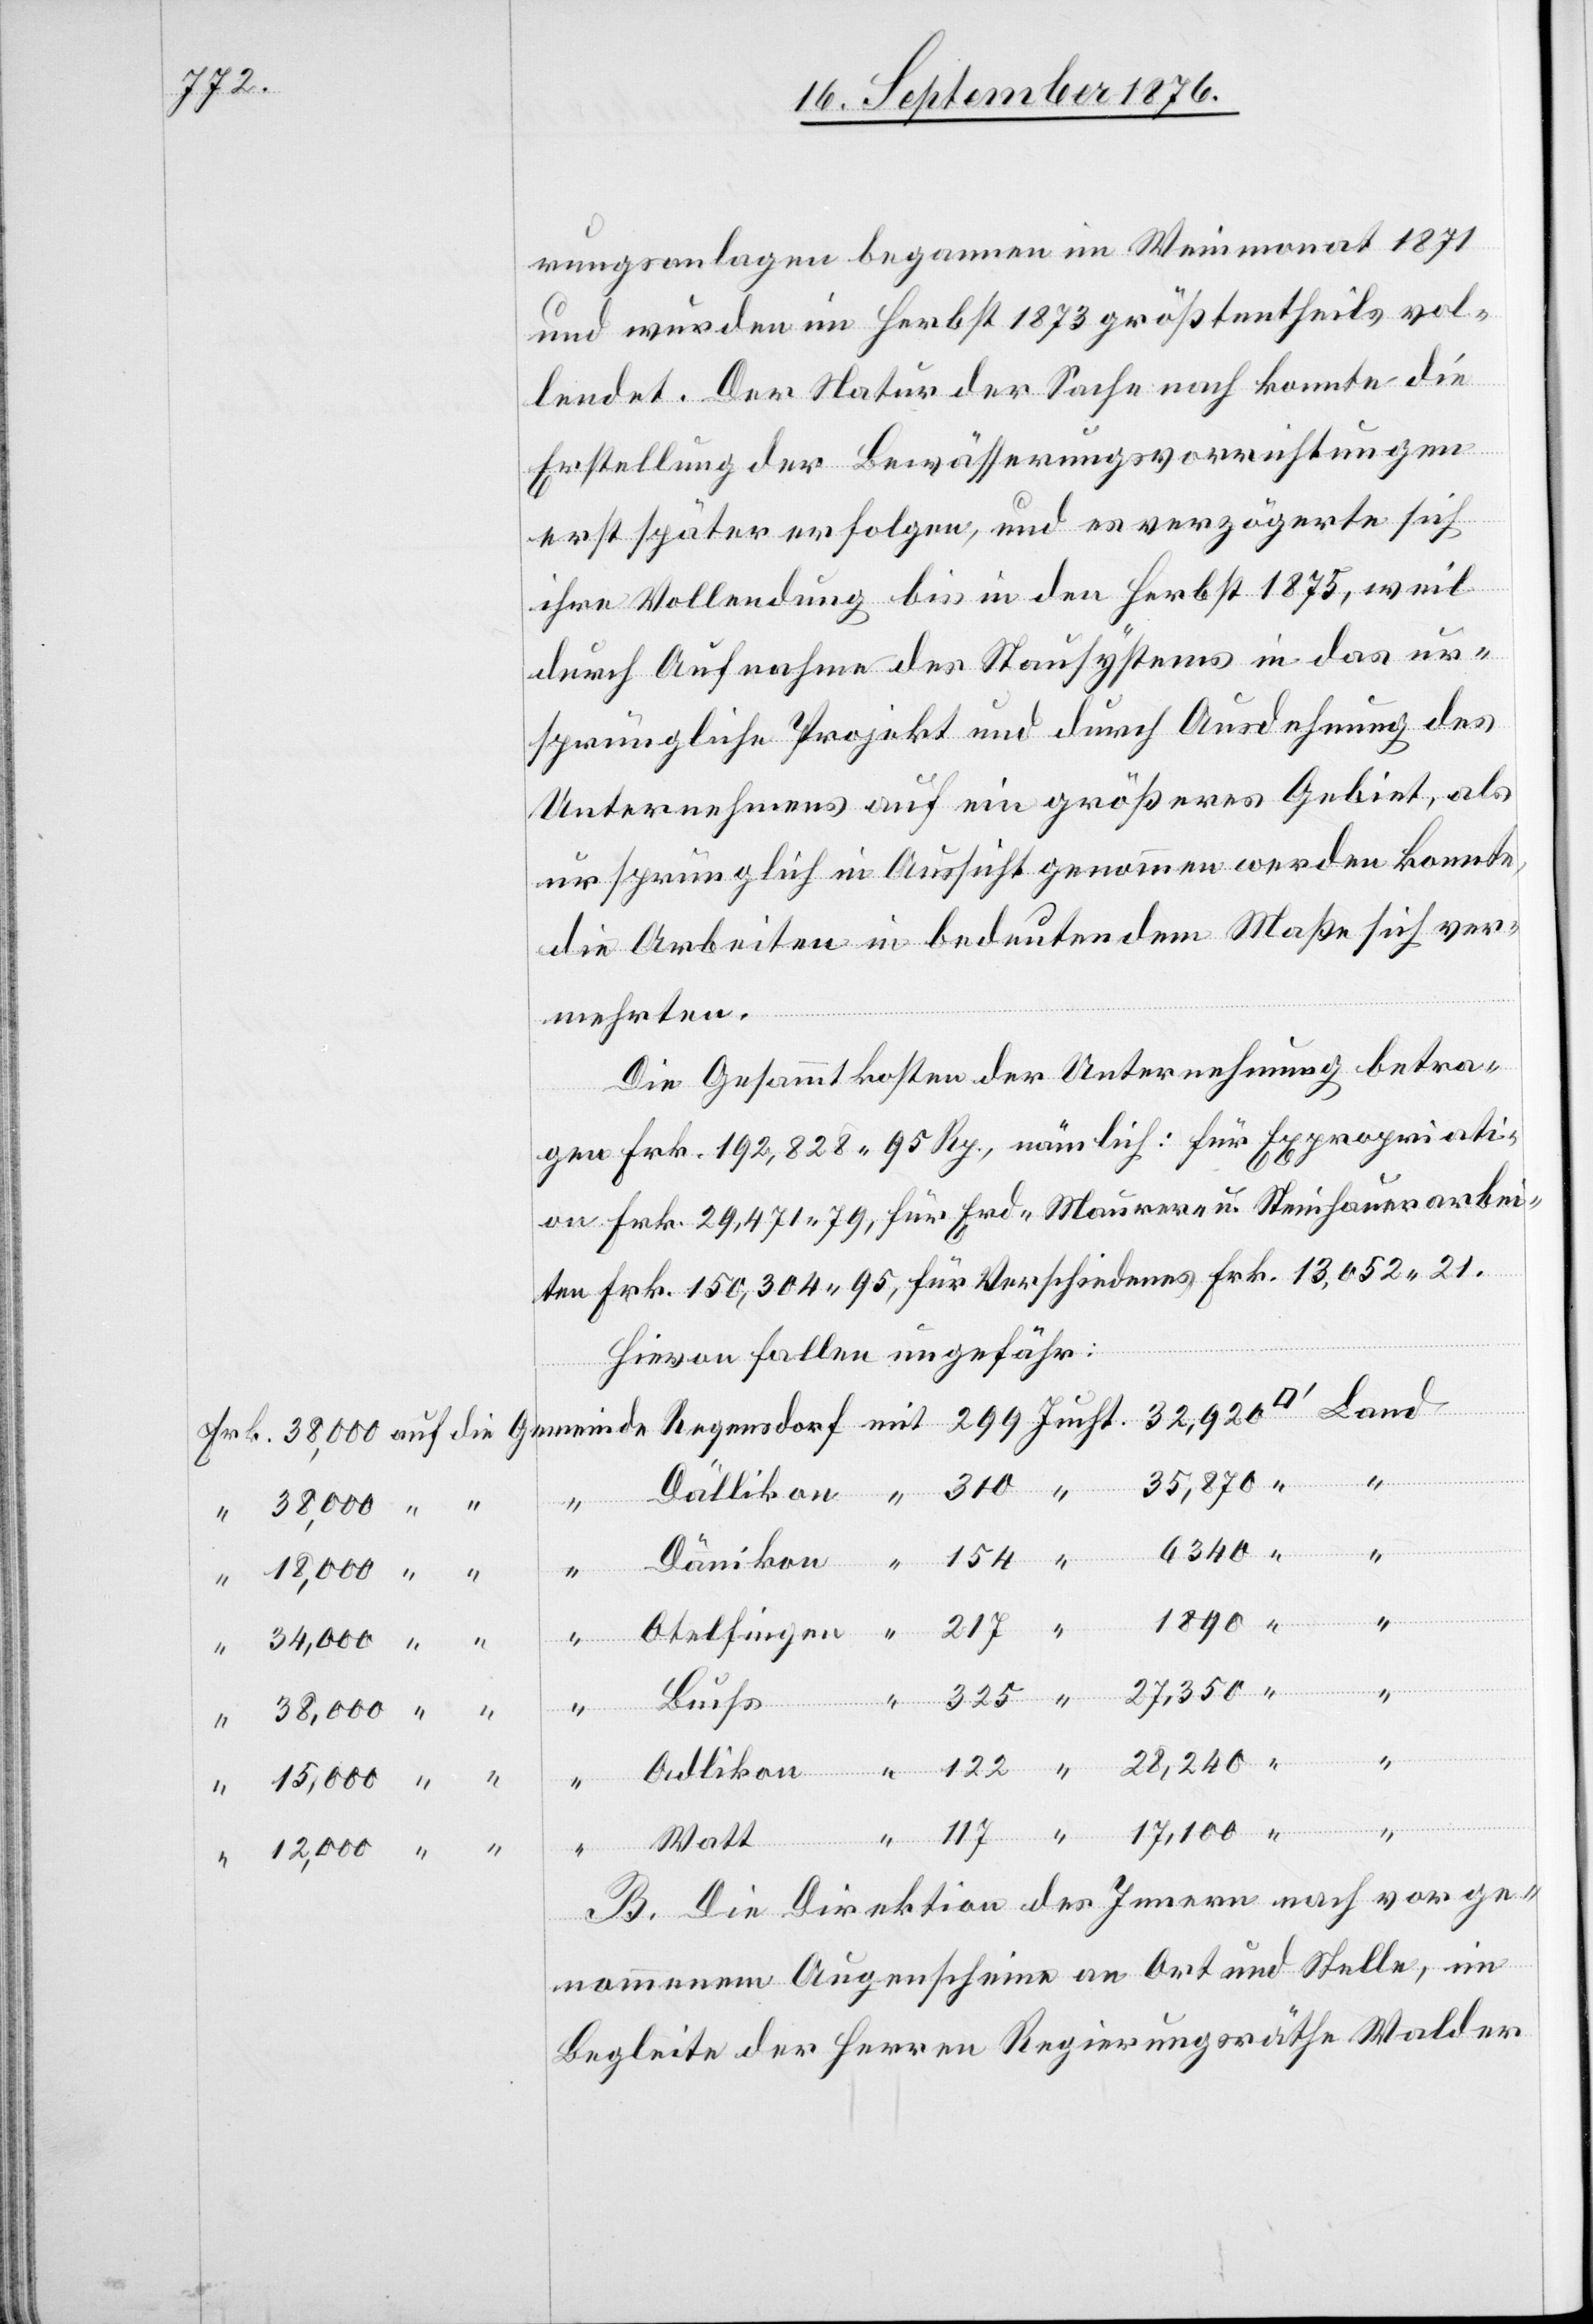
rungsanlagen begannen im Weinmonat 1871
und wurden im Herbst 1873 größtentheils vol¬
“
lendet. Der Natur der Sache nach konnte die
Erstellung der Bewässerungsvorrichtungen
erst später erfolgen, und es verzögerte sich
ihre Vollendung bis in den Herbst 1875, weil
durch Aufnahme des Stausystems in das ur¬
sprüngliche Projekt und durch Ausdehnung des
Unternehmens auf ein größeres Gebiet, als
ursprünglich in Aussicht genommen werden könnte,
die Arbeiten in bedeutendem Maße sich ver¬
mehrten.
Die Gesammtkosten der Unternehmung betra¬
gen Frk. 192,828 95 Rp., nämlich: für Expropriati¬
on Frk. 29,471 79, für Erd-[,] Maurer- u. Steinhauerarbei¬
ten Frk. 150,304 95, für Verschiedenes Frk. 13,052 21.
Hievon fallen ungefähr:
Adlikon
Regensd¬
Watt
“
“
en
“
“
6340
B. Die Direktion des Innern nach vorge¬
nommenem Augenschein an Ort und Stelle, im
Begleite der Herren Regierungsräthe Walder